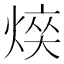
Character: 𤋋